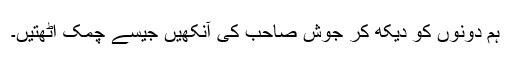
ہم دونوں کو دیکھ کر جوش صاحب کی آنکھیں جیسے چمک اٹھتیں۔